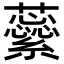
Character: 𧄜